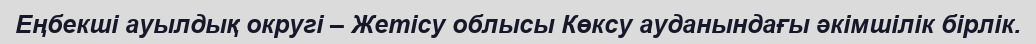
Еңбекші ауылдық округі – Жетісу облысы Көксу ауданындағы әкімшілік бірлік.